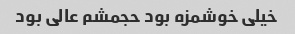
خیلی خوشمزه بود حجمشم عالی بود